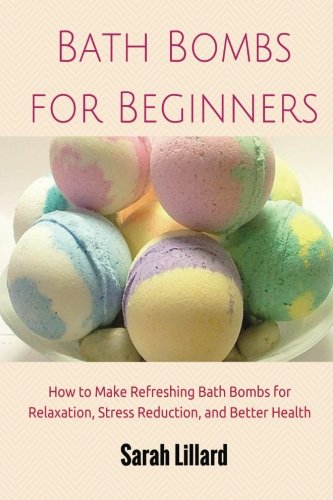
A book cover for Bath Bombs for Beginners: How to Make Refreshing Bath Bombs for Relaxation, Stress Reduction, and Better Health; Sarah Lillard; Crafts, Hobbies & Home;